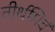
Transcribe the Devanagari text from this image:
तीर्थमिदं